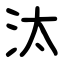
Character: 汰